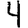
Digit: 4